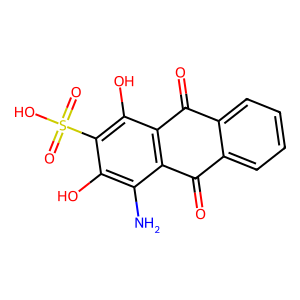
SMILES: Nc1c(O)c(S(=O)(=O)O)c(O)c2c1C(=O)c1ccccc1C2=O
Inhibits HIV replication: Yes